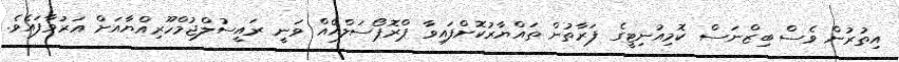
އިތުރުން ވެސް ބިޒްނަސް ކޮމިއުނިޓީގެ ފަރާތުން ތައްޔާރުކޮށްފައިވާ ޕްރޮޕޯސަލްއެއް ވަނީ ރައީސުލްޖުމްހޫރިއްޔާއަށް އަރުވާފައެވެ.